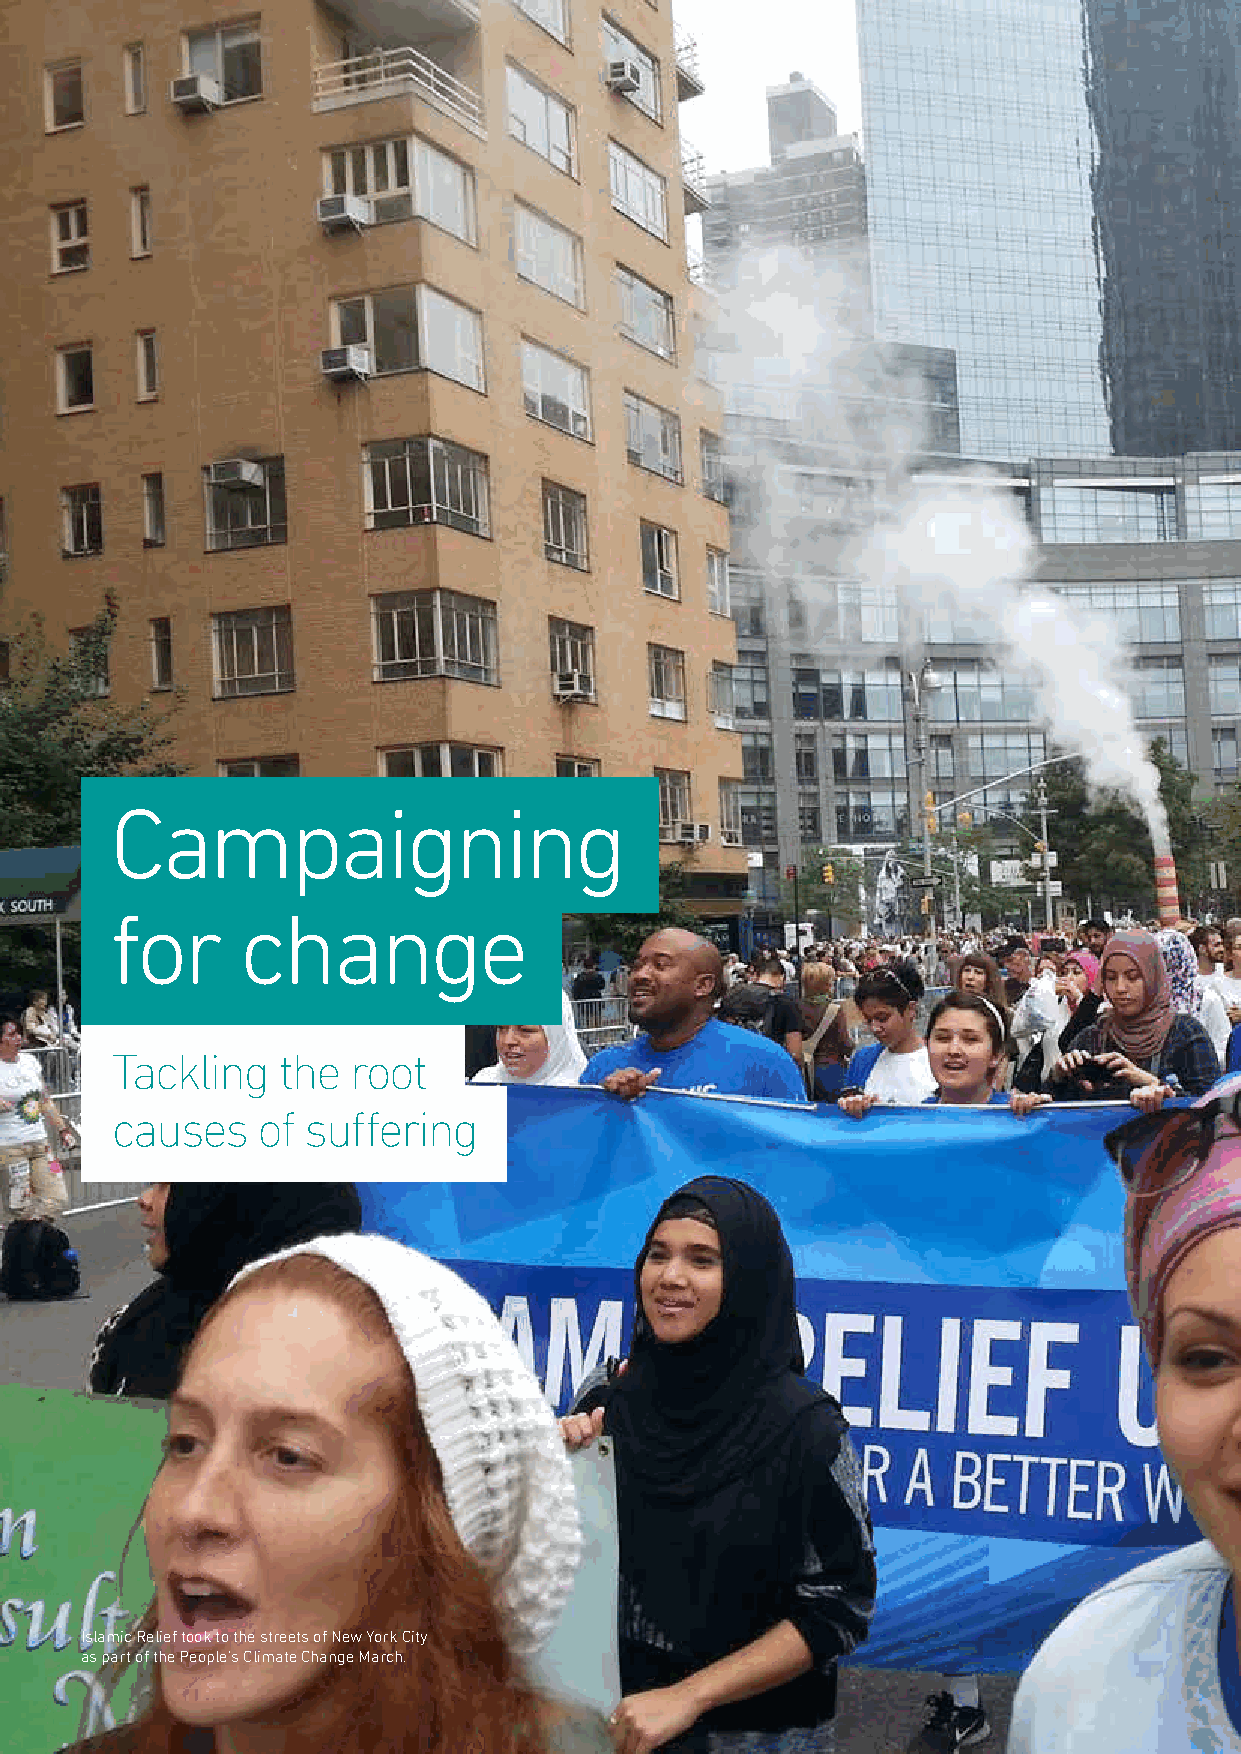
Campaigning
 for      change
 Tackling   the  root
 causes    of suffering
 Islamic Relief took to the streets of New York City
 as part of the People’s Climate Change March.
 24